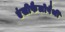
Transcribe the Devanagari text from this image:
एंसीफैलोपैथी